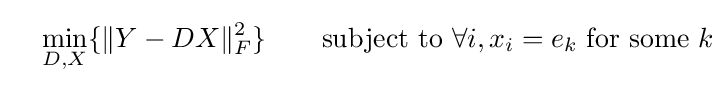
\quad \min \limits _{D,X}\{\|Y-DX\|_{F}^{2}\}\qquad {\text{subject to }}\forall i,x_{i}=e_{k}{\text{ for some }}k